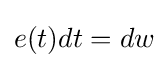
e(t)dt=dw